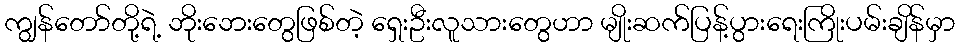
ကျွန်တော်တို့ရဲ့ ဘိုးဘေးတွေဖြစ်တဲ့ ရှေးဦးလူသားတွေဟာ မျိုးဆက်ပြန့်ပွားရေးကြိုးပမ်းချိန်မှာ